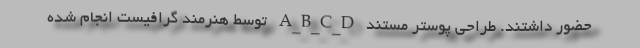
حضور داشتند. طراحی پوستر مستند A_B_C_D توسط هنرمند گرافیست انجام شده